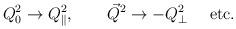
LaTeX: \begin{align*}Q_0^2 \to Q_{\|} ^2, \ \ \ \ \ \ {\vec Q}^2 \to - Q_{\bot}^2 \ \ \ \ {\rm etc.}\end{align*}